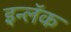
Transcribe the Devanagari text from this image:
इन्लॅक